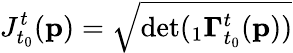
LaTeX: J_{t_{0}}^{t}(\mathbf{p})=\sqrt{\textup{det}({}_{1}\mathbf{\Gamma}_{t_{0}}^{t}(\mathbf{p}))}